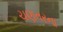
ચણતરના